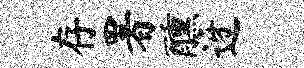
存署醺迓